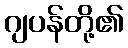
ဂျပန်တို့၏